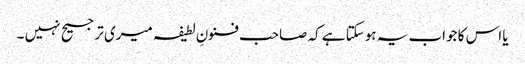
یا اس کا جواب یہ ہوسکتا ہے کہ صاحب فنونِ لطیفہ میری ترجیح نہیں ۔